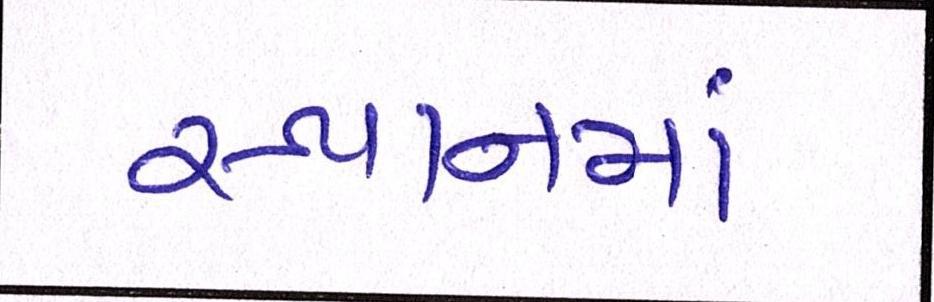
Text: સ્થાનમાં